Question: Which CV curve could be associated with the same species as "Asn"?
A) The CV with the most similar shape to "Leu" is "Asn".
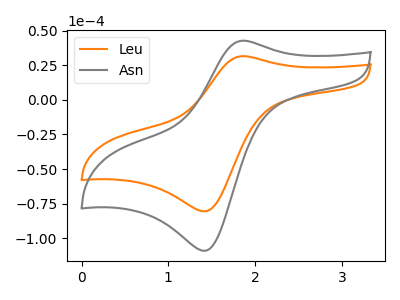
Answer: <think>The orange curve "Leu" has an anodic peak at (1.85V, 31.60uA) and a cathodic peak at (1.45V, -80.45uA). The gray curve "Asn" has an anodic peak at (1.85V, 42.75uA) and a cathodic peak at (1.45V, -108.95uA).
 All the peaks in "Leu" have a peak in "Asn" at the same potential. Every peak in "Leu" is lower than every peak in "Asn".</think>
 <answer>A) The CV with the most similar shape to "Leu" is "Asn".</answer>
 <eval>A</eval>